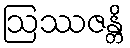
ဩဿဇန္တိ